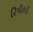
ટિપીકલી